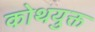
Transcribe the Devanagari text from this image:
कोथयुक्त